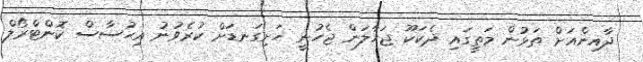
ދާއިންއަށް ތަޅުން މަތީގައި ދެކަކޫ ޖަހާލަން ޖެހުނީ ހަށިގަނޑަށް ކުރެވުނު އިޙުސާސް ކޮންޓްރޯލް